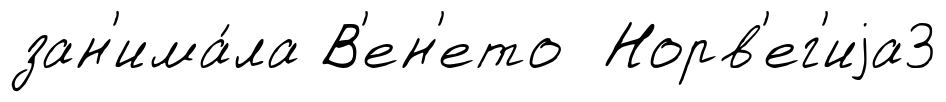
зан'има́ла В'ен'ето Норв'ег'иjа3